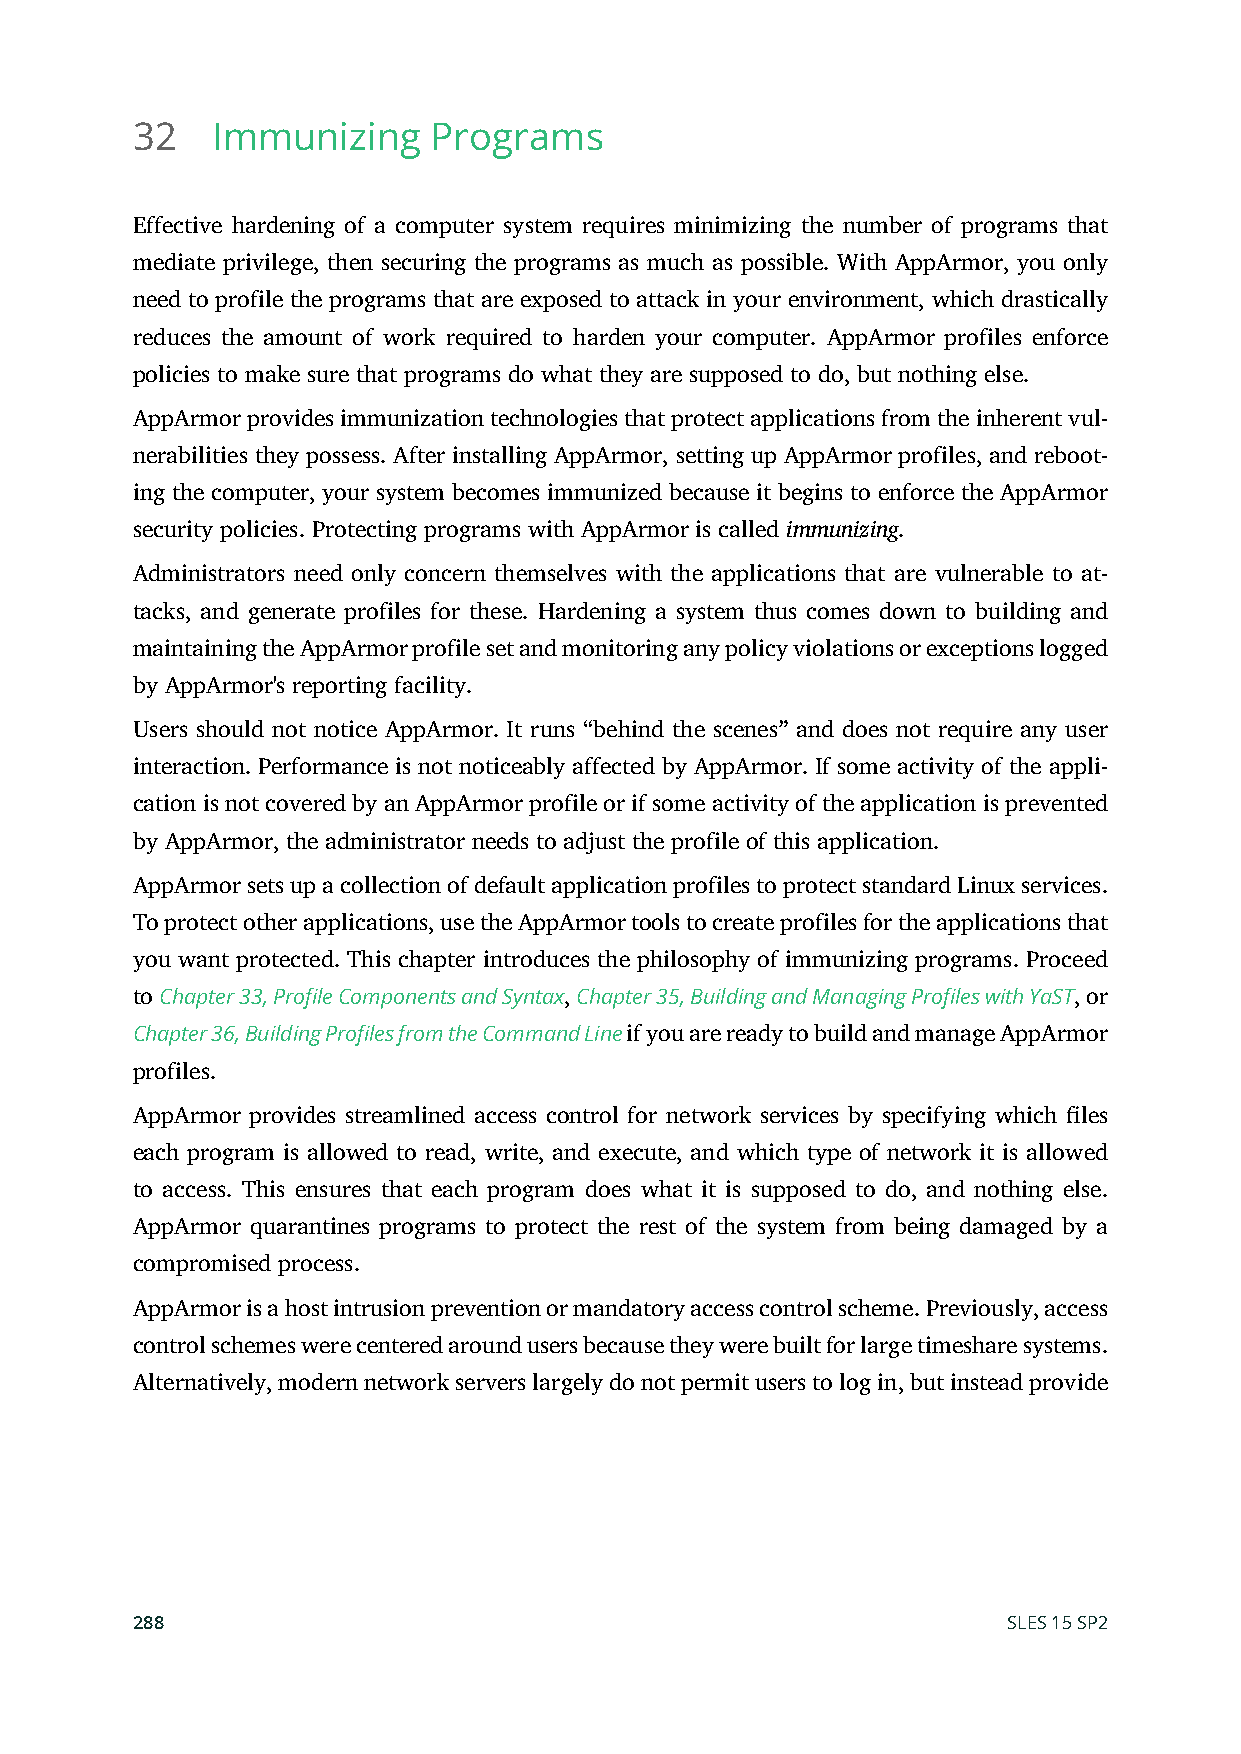
32   Immunizing     Programs
 Effective hardening of a computer system requires minimizing the number of programs that
 mediate privilege, then securing the programs as much as possible. With AppArmor, you only
 need to profile the programs that are exposed to attack in your environment, which drastically
 reduces the amount of work required to harden your computer. AppArmor profiles enforce
 policies to make sure that programs do what they are supposed to do, but nothing else.
 AppArmor provides immunization technologies that protect applications from the inherent vul-
 nerabilities they possess. After installing AppArmor, setting up AppArmor profiles, and reboot-
 ing the computer, your system becomes immunized because it begins to enforce the AppArmor
 security policies. Protecting programs with AppArmor is called immunizing.
 Administrators need only concern themselves with the applications that are vulnerable to at-
 tacks, and generate profiles for these. Hardening a system thus comes down to building and
 maintaining the AppArmor profile set and monitoring any policy violations or exceptions logged
 by AppArmor's reporting facility.
 Users should not notice AppArmor. It runs “behind the scenes” and does not require any user
 interaction. Performance is not noticeably affected by AppArmor. If some activity of the appli-
 cation is not covered by an AppArmor profile or if some activity of the application is prevented
 by AppArmor, the administrator needs to adjust the profile of this application.
 AppArmor sets up a collection of default application profiles to protect standard Linux services.
 To protect other applications, use the AppArmor tools to create profiles for the applications that
 you want protected. This chapter introduces the philosophy of immunizing programs. Proceed
 to Chapter 33, Profile Components and Syntax, Chapter 35, Building and Managing Profiles with YaST, or
 Chapter 36, Building Profiles from the Command Line if you are ready to build and manage AppArmor
 profiles.
 AppArmor provides streamlined access control for network services by specifying which les
 each program is allowed to read, write, and execute, and which type of network it is allowed
 to access. This ensures that each program does what it is supposed to do, and nothing else.
 AppArmor quarantines programs to protect the rest of the system from being damaged by a
 compromised process.
 AppArmor is a host intrusion prevention or mandatory access control scheme. Previously, access
 control schemes were centered around users because they were built for large timeshare systems.
 Alternatively, modern network servers largely do not permit users to log in, but instead provide
 288                                                       SLES 15 SP2